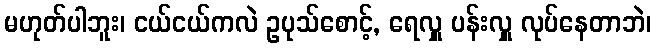
မဟုတ်ပါဘူး၊ ငယ်ငယ်ကလဲ ဥပုသ်စောင့်, ရေလှူ ပန်းလှူ လုပ်နေတာဘဲ၊